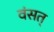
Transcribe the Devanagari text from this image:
वंसत्‌